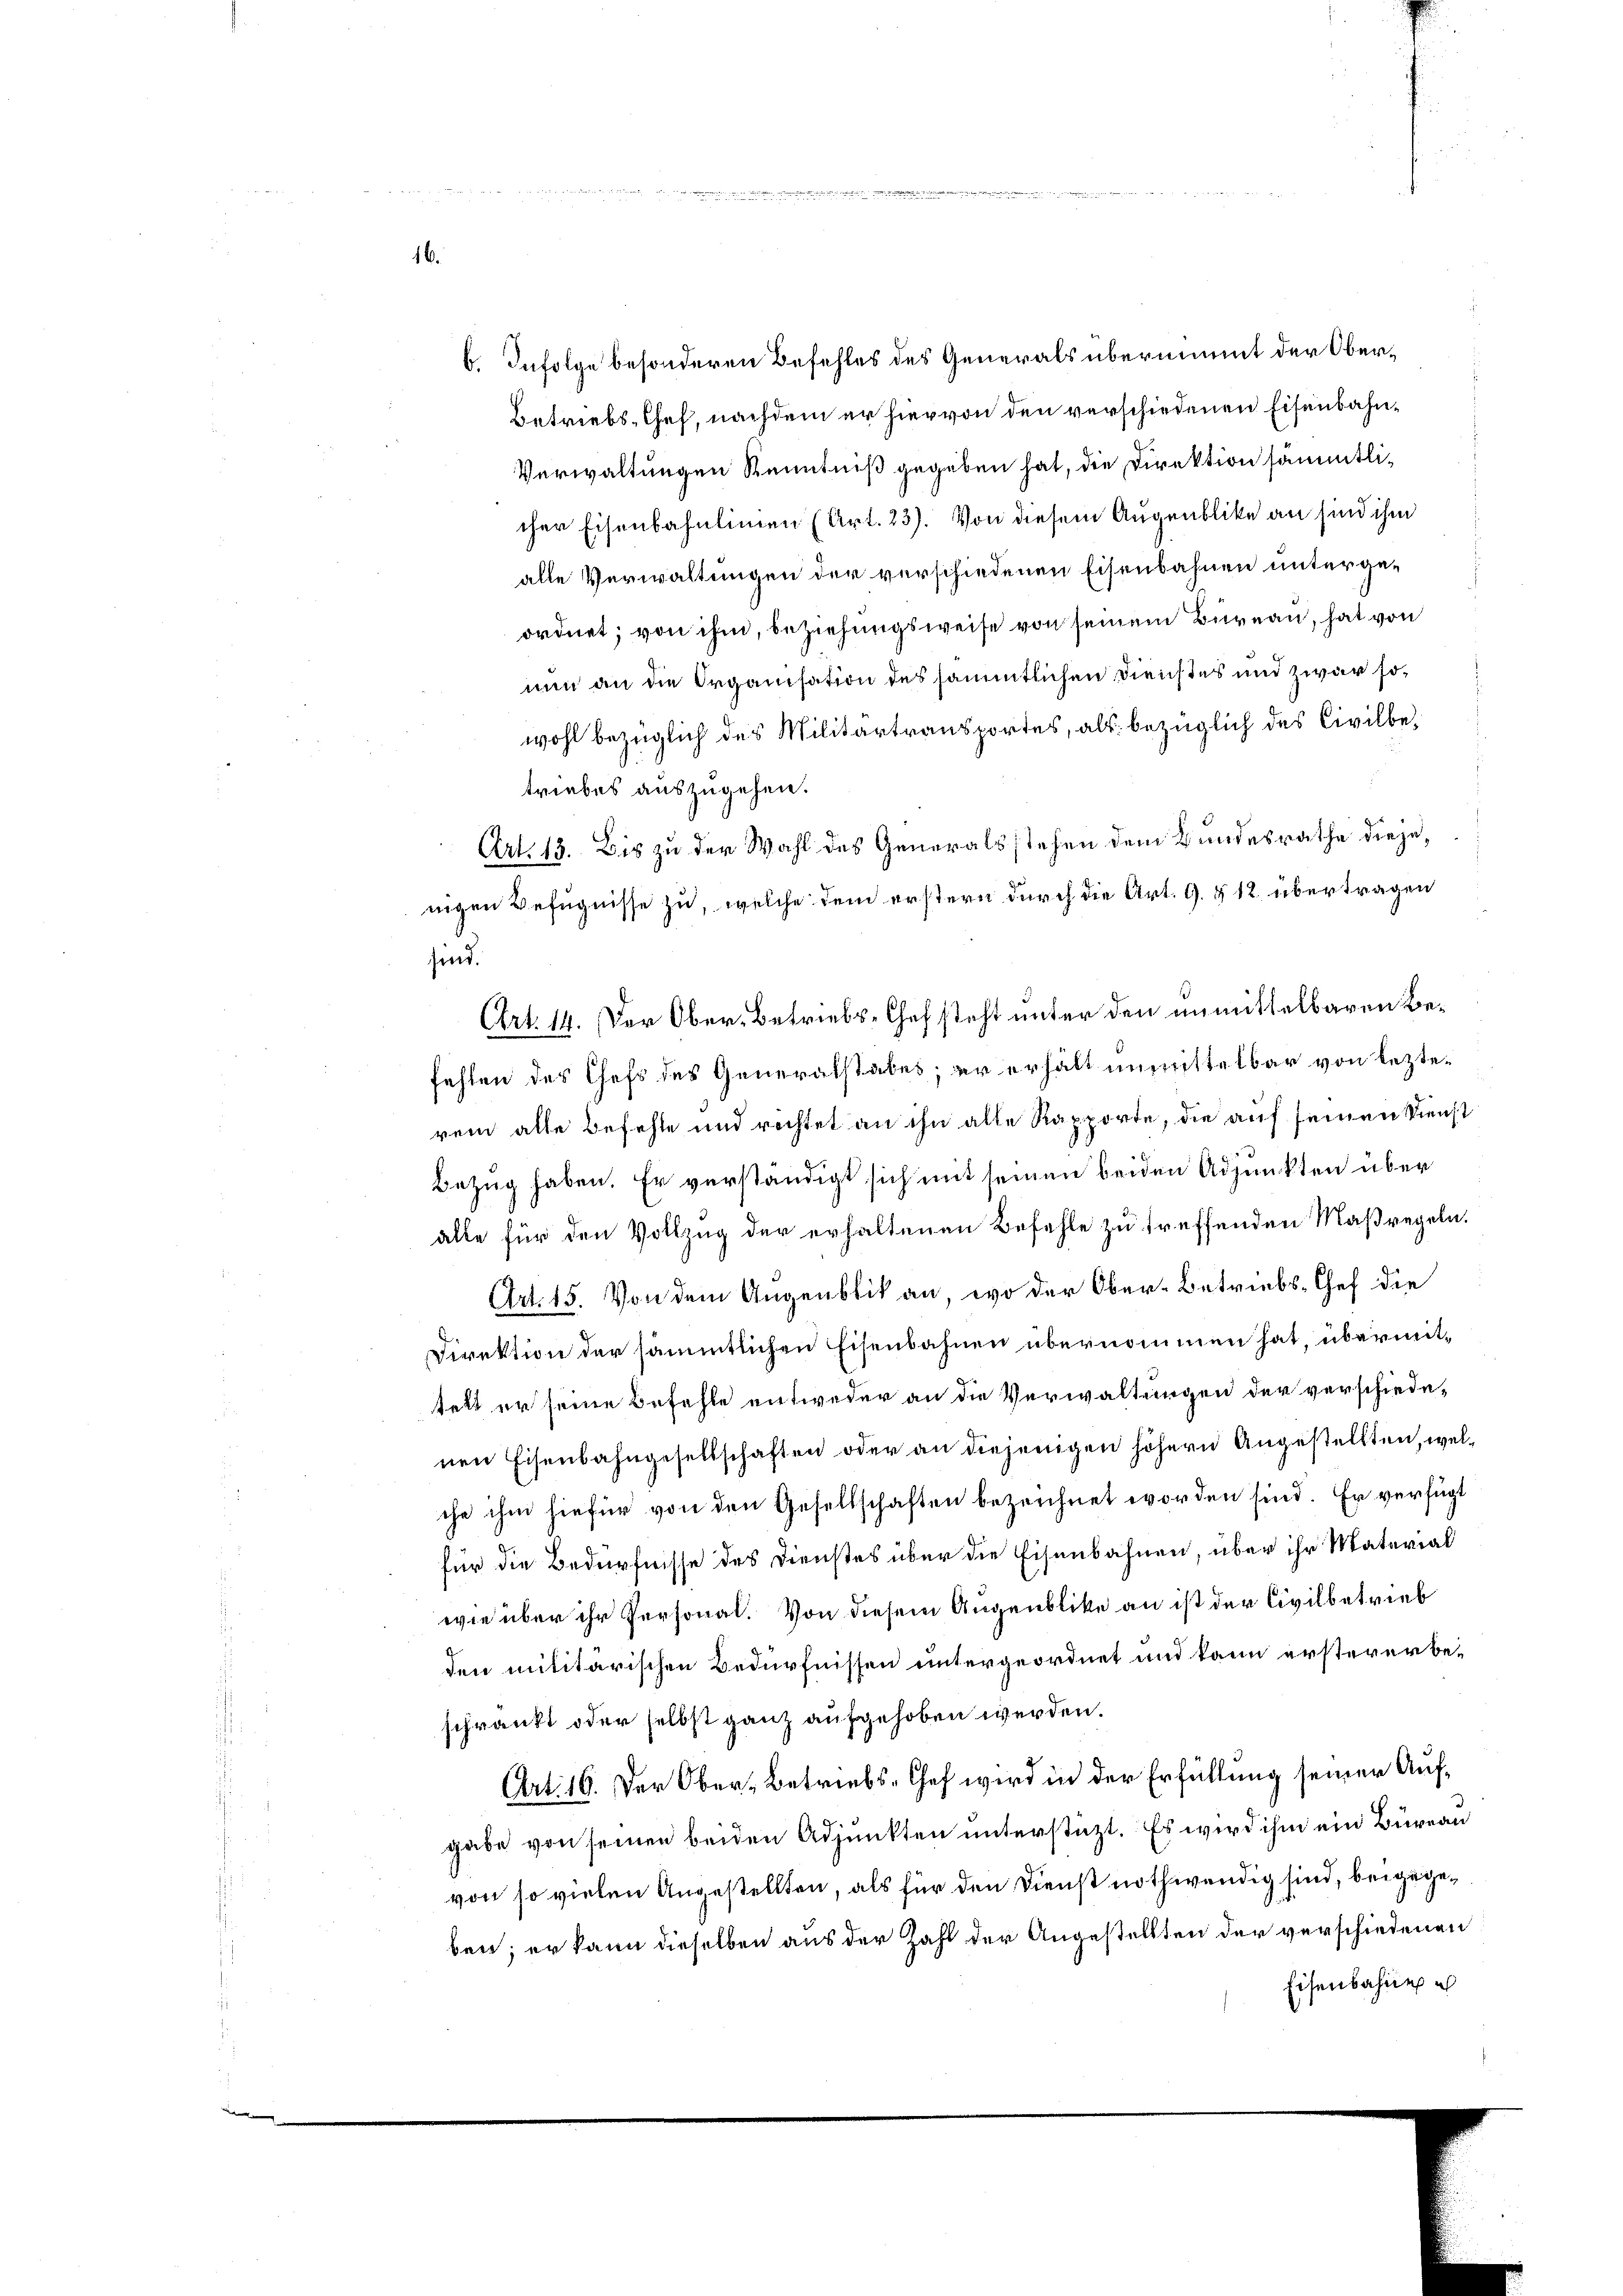
b. Infolge besonderen Befehles des Generals übernimmt der Ober¬
Betriebs-Chef, nachdem er hiervon den verschiedenen Eisenbahn¬
Verwaltungen Kenntniß gegeben hat, die Direktion sämmtlicher Eisenbahnlinien (Art. 23). Von diesem Augenblike an sind ihm
alle Verwaltungen der verschiedenen Eisenbahnen untergeordnet; von ihm, beziehungsweise von seinem Bureau, hat von
nun an die Organisation des sämmtlichen Dienstes und zwar sowohl bezüglich des Militärtransportes, als bezüglich des Civilbetriebes auszugehen.
Art. 13. Bis zu der Wahl des Generals stehen dem Bundesrathe diejenigen Befugnisse zu, welche dem erstern durch die Art. G. § 12 übertragen
sind.
Art. 14. Der Ober-Betriebs-Chefsteht unter den unmittelbaren Befehlen des Chefs des Generalstabes; er erhält unmittelbar von lezterem alle Befehle und rechtet an ihn alle Rapporte, die auf seinen Dienst
Bezug haben. Er verständigt sich mit seinen beiden Adjunkten über
alle für den Vollzug der erhaltenen Befehle zu treffenden Maßregeln.
Art. 15. Von dem Augenblik an, wo der Ober-Betriebs-Chef die
Direktion der sämmtlichen Eisenbahnen übernommen hat, übermittelt er seine Befehle entweder an die Verwaltungen der verschiedenen Eisenbahngesellschaften oder an diejenigen höhern Angestellten, welche ihm hiefür von den Gesellschaften bezeichnet worden sind. Er verfügt
für die Bedürfnisse des Dienstes über die Eisenbahnen, über ihr Material
wie über ihr Personal. Von diesem Augenblicke an ist der Civilbetrieb
den militärischen Bedürfnissen untergeordnet und kann erstererbeschränkt oder selbst ganz aufgehoben werden.
Art: 16. Der Ober- Betriebs-Chef wird in der Erfüllung seiner Aufgabe von seinen beiden Adjunkten unterstüzt. Es wird ihm ein Bureau
von so vielen Angestellten, als für den Dienst nothwendig sind, beigegeben; er kann dieselben aus der Zahl der Angestellten der verschiedenen
Eisenbahnen